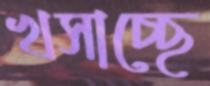
খসাচ্ছে